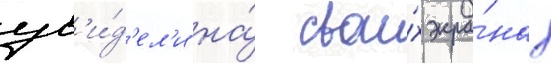
ув'и́д'ел'и на́ свои́х экра́нах